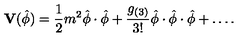
\mathbf { V } ( \hat { \phi } ) = \frac { 1 } { 2 } m ^ { 2 } \hat { \phi } \cdot \hat { \phi } + \frac { g _ { ( 3 ) } } { 3 ! } \hat { \phi } \cdot \hat { \phi } \cdot \hat { \phi } + \dots .